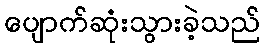
ပျောက်ဆုံးသွားခဲ့သည်